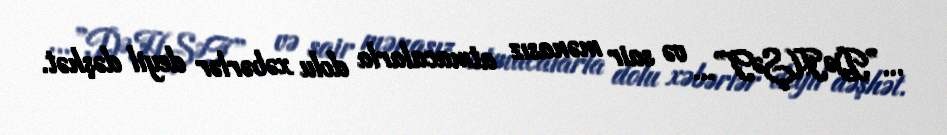
...”DƏHŞƏT”... və sair mənasız atmacalarla dolu xəbərlər deyil dəşhət.